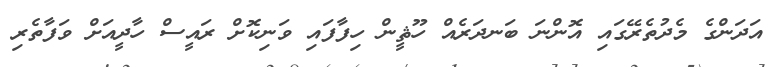
އަދަންގެ މެދުތެރޭގައި އޮންނަ ބަނދަރެއް ހޫޘީން ހިފާފައި ވަނިކޮށް ރައީސް ހާދީއަށް ވަފާތެރި